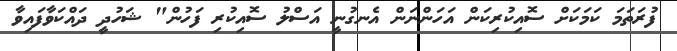
ފުރަތަމަ ކަމަކަށް ސޮއިކުރިކަން އަހަންނަން އެނގުނީ އަސްލު ސޮއިކުރި ފަހުން" ޝަހުދީ ދައްކަވާފައިވާ